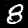
Label: 8